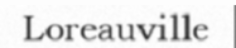
Loreauville